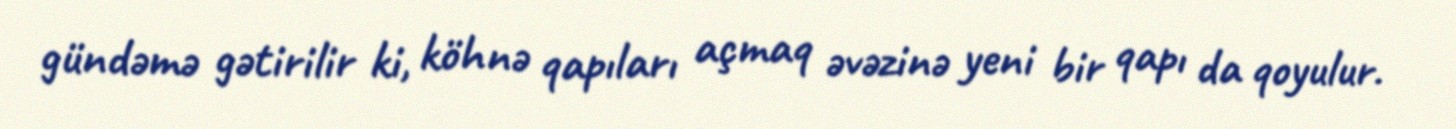
gündəmə gətirilir ki, köhnə qapıları açmaq əvəzinə yeni bir qapı da qoyulur.